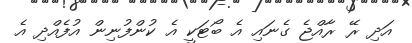
އަދި ރޭ ރާއްޖެ ގެނައި އެ ބޯޓަކީ އެ ކުންފުނިން އުފެއްދި އެ